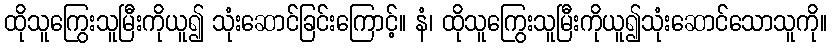
ထိုသူကြွေးသူမြီးကိုယူ၍ သုံးဆောင်ခြင်းကြောင့်။ နံ၊ ထိုသူကြွေးသူမြီးကိုယူ၍သုံးဆောင်သောသူကို။